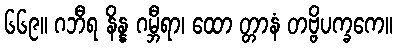
၆၆၉။ ဂဘီရ နိန္န ဂမ္ဘီရာ၊ ထော တ္တာနံ တဗ္ဗိပက္ခကေ။